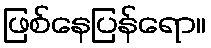
ဖြစ်နေပြန်ရော။